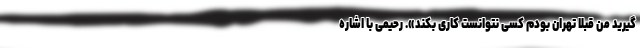
‌گیرید من قبلاً تهران بودم کسی نتوانست کاری بکند». رحیمی با اشاره